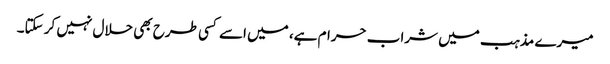
میرے مذہب میں شراب حرام ہے، میں اسے کسی طرح بھی حلال نہیں کر سکتا۔